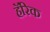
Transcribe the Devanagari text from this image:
हॅरिक